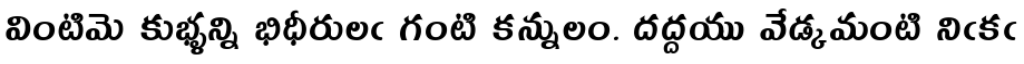
వింటిమె కుభ్ళన్ని భిధీరులఁ గంటి కన్నులం. దద్దయు వేడ్కమంటి నిఁకఁ